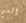
العم